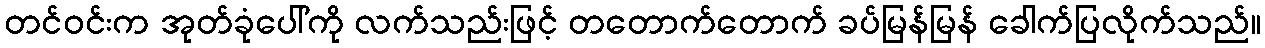
တင်ဝင်းက အုတ်ခုံပေါ်ကို လက်သည်းဖြင့် တတောက်တောက် ခပ်မြန်မြန် ခေါက်ပြလိုက်သည်။